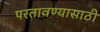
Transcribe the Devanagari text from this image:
परतावण्यासाठी